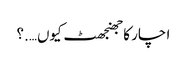
ا چار کا جھنجھٹ کیوں….؟